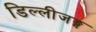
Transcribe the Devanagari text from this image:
डिल्लीजङ्ग